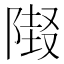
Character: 𲉜